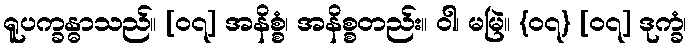
ရူပက္ခန္ဓာသည်။ [၀၇] အနိစ္စံ၊ အနိစ္စတည်း။ ဝါ၊ မမြဲ။ {၀၇} [၀၇] ဒုက္ခံ၊